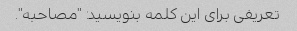
تعریفی برای این کلمه بنویسید: "مصاحبه".